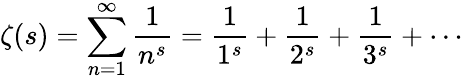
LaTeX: \zeta(s)=\sum_{n=1}^{\infty}{\frac{1}{n^{s}}}={\frac{1}{1^{s}}}+{\frac{1}{2^{s}}}+{\frac{1}{3^{s}}}+\cdots